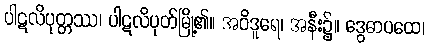
ပါဋလိပုတ္တဿ၊ ပါဋလိပုတ်မြို့၏။ အဝိဒူရေ၊ အနီး၌။ ဒွေဓာပထေ၊